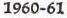
1960-61